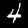
Label: 4